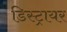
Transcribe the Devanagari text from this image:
डिस्ट्रायर